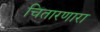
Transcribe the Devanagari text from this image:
चितारणारा